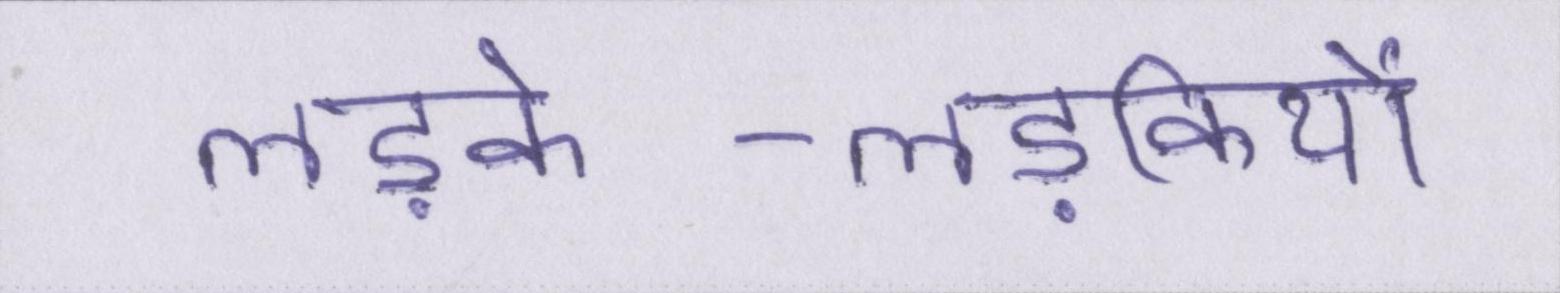
लड़के-लड़कियों